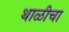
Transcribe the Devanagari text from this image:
थाळीचा